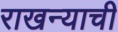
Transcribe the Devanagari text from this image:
राखन्याची